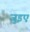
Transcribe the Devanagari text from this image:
जुइए